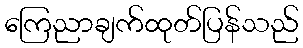
ကြေညာချက်ထုတ်ပြန်သည်